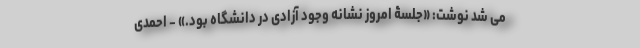
می شد نوشت: «جلسۀ امروز نشانه وجود آزادی در دانشگاه بود.» - احمدی